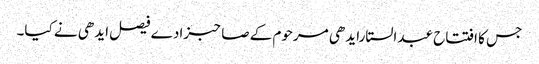
جس کا افتتاح عبدالستارایدھی مرحوم کے صاحبزادے فیصل ایدھی نے کیا۔